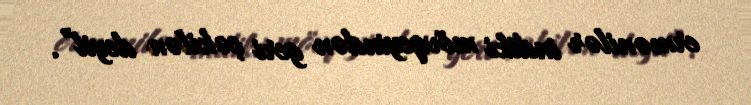
ermənilər indiki mövqeyindən geri çəkilən deyil”.